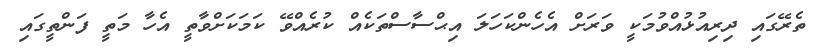
ތެރޭގައި ދިރިއުޅުއްވުމަކީ ވަރަށް އެހެންކަހަލަ އިޙްސާސްތަކެއް ކުރެއްވޭ ކަމަކަށްވާތީ އެހާ މަތީ ފަންތީގައި